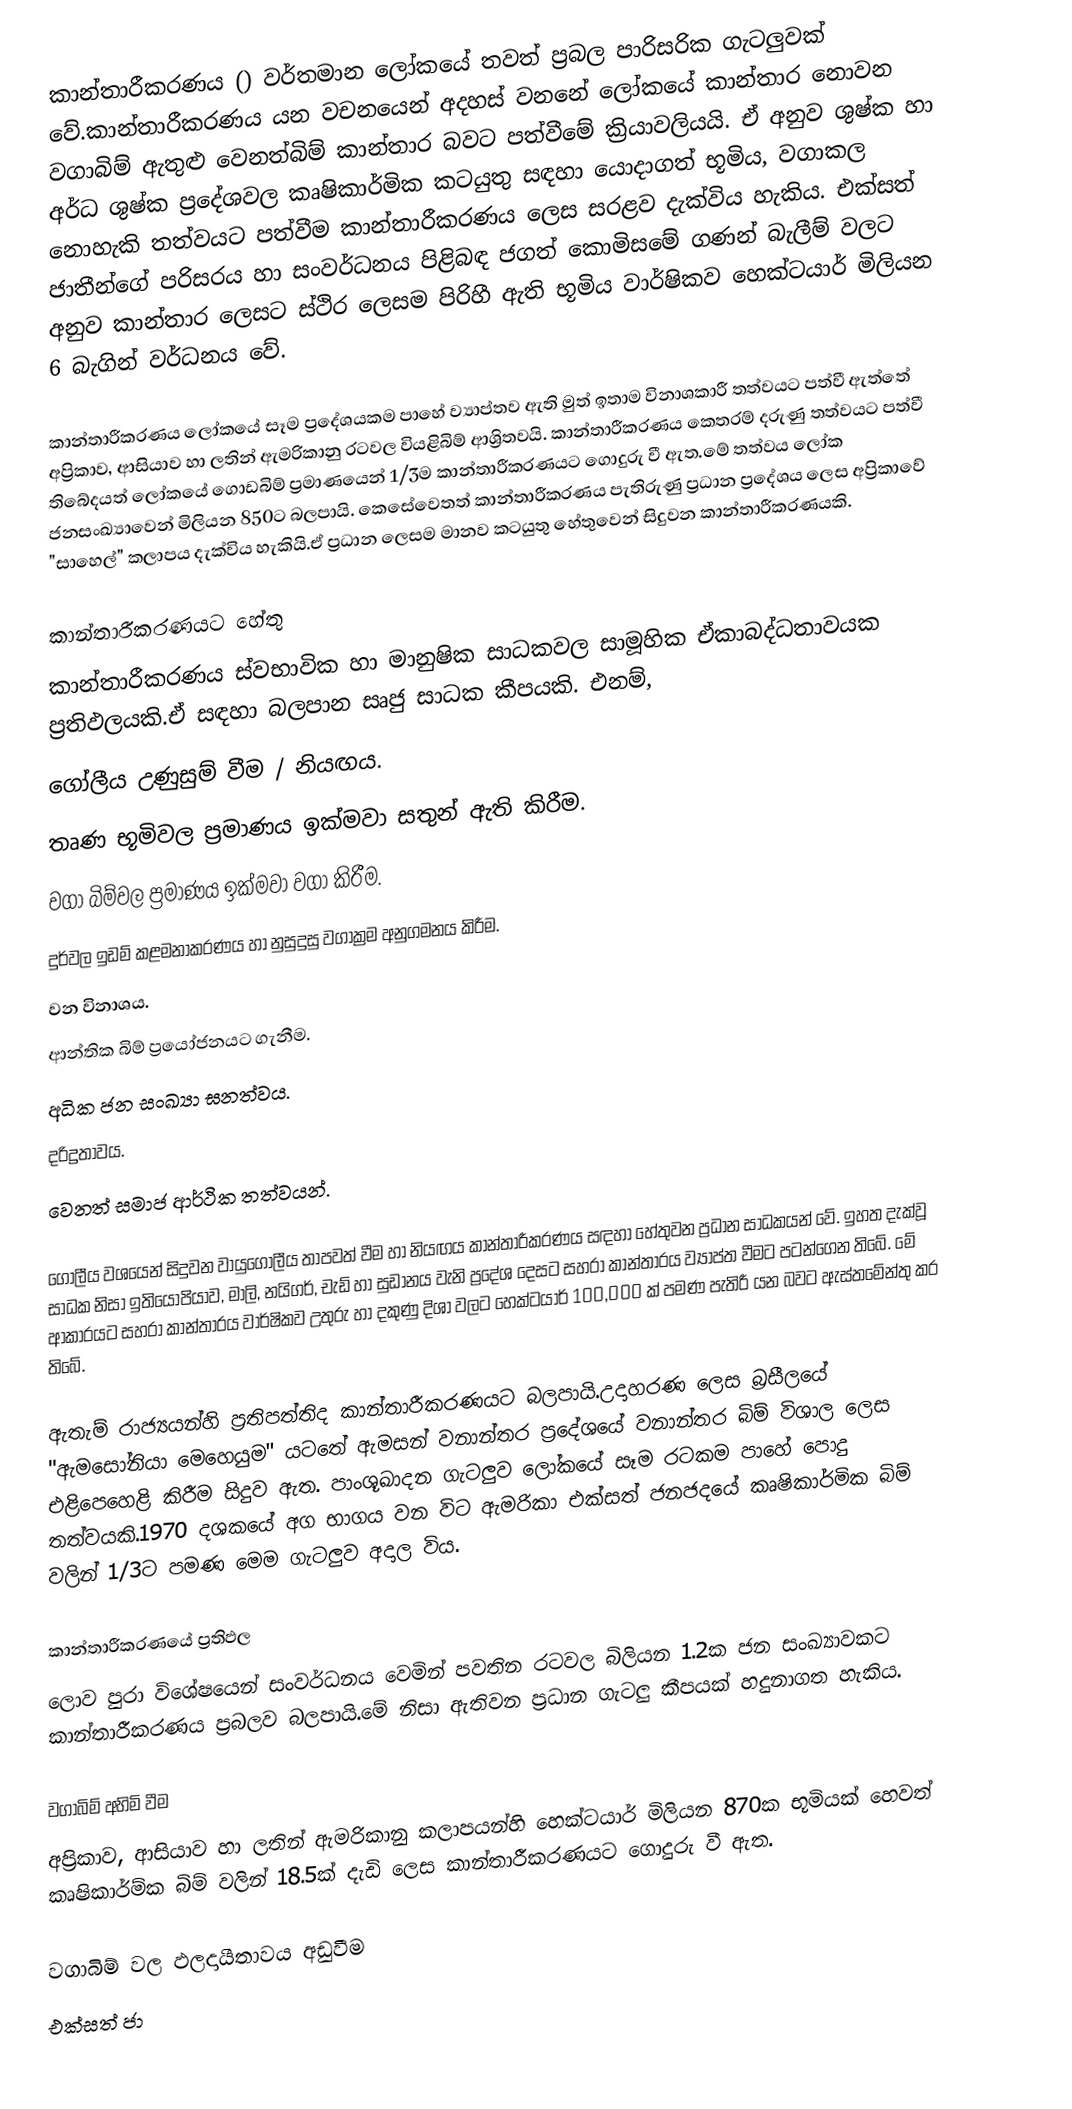
කාන්තාරීකරණය () වර්තමාන ලෝකයේ තවත් ප්‍රබල පාරිසරික ගැටලුවක් වේ.කාන්තාරීකරණය යන වචනයෙන් අදහස් වනනේ ලෝකයේ කාන්තාර නොවන වගාබිම් ඇතුළු වෙනත්බිම් කාන්තාර බවට පත්වීමේ ක්‍රියාවලියයි. ඒ අනුව ශුෂ්ක හා අර්ධ ශුෂ්ක ප්‍රදේශවල කෘෂිකාර්මික කටයුතු සඳහා යොදාගත් භූමිය, වගාකල නොහැකි තත්වයට පත්වීම කාන්තාරීකරණය ලෙස සරළව දැක්විය හැකිය. එක්සත් ජාතීන්ගේ පරිසරය හා සංවර්ධනය පිළිබඳ ජගත් කොමිසමේ ගණන් බැලීම් වලට අනුව කාන්තාර ලෙසට ස්ථිර ලෙසම පිරිහී ඇති භූමිය වාර්ෂිකව හෙක්ටයාර් මිලියන 6 බැගින් වර්ධනය වේ.

කාන්තාරීකරණය ලෝකයේ සෑම ප්‍රදේශයකම පාහේ ව්‍යාප්තව ඇති මුත් ඉතාම විනාශකාරී තත්වයට පත්වී ඇත්තේ අප්‍රිකාව, ආසියාව හා ලතින් ඇමරිකානු රටවල වියළිබිම් ආශ්‍රිතවයි. කාන්තාරීකරණය කෙතරම් දරුණු තත්වයට පත්වී තිබේදයත් ලෝකයේ ගොඩබිම් ප්‍රමාණයෙන් 1/3ම කාන්තාරීකරණයට ගොදුරු වී ඇත.මේ තත්වය ලෝක ජනසංඛ්‍යාවෙන් මිලියන 850ට බලපායි. කෙසේවෙතත් කාන්තාරීකරණය පැතිරුණු ප්‍රධාන ප්‍රදේශය ලෙස අප්‍රිකාවේ "සාහෙල්" කලාපය දැක්විය හැකියි.ඒ ප්‍රධාන ලෙසම මානව කටයුතු හේතුවෙන් සිදුවන කාන්තාරීකරණයකි.

කාන්තාරීකරණයට හේතු
කාන්තාරීකරණය ස්වභාවික හා මානුෂික සාධකවල සාමූහික ඒකාබද්ධතාවයක ප්‍රතිඵලයකි.ඒ සඳහා බලපාන සෘජු සාධක කීපයකි. එනම්,
ගෝලීය උණුසුම් වීම / නියඟය.
තෘණ භූමිවල ප්‍රමාණය ඉක්මවා සතුන් ඇති කිරීම.
වගා බිම්වල ප්‍රමාණය ඉක්මවා වගා කිරීම.
දුර්වල ඉඩම් කළමනාකරණය හා නුසුදුසු වගාක්‍රම අනුගමනය කිරීම.
වන විනාශය.
ආන්තික බිම් ප්‍රයෝජනයට ගැනීම.
අධික ජන සංඛ්‍යා ඝනත්වය.
දරිද්‍රතාවය.
වෙනත් සමාජ ආර්ථික තත්වයන්.

ගෝලීය වශයෙන් සිදුවන වායුගෝලීය තාපවත් වීම හා නියඟය කාන්තාරීකරණය සඳහා හේතුවන ප්‍රධාන සාධකයන් වේ. ඉහත දැක්වූ සාධක නිසා ඉතියෝපියාව, මාලි, නයිගර්, චැඩ් හා සුඩානය වැනි ප්‍රදේශ දෙසට සහරා කාන්තාරය ව්‍යාප්ත වීමට පටන්ගෙන තිබේ. මේ ආකාරයට සහරා කාන්තාරය වාර්ෂිකව උතුරු හා දකුණු දිශා වලට‍ හෙක්ටයාර් 100,000 ක් පමණ පැතිරී යන බවට ඇස්තමේන්තු කර තිබේ.

ඇතැම් රාජ්‍යයන්හි ප්‍රතිපත්තිද කාන්තාරීකරණයට බලපායි.උදාහරණ ලෙස බ්‍රසීලයේ "ඇමසෝනියා මෙහෙයුම" යටතේ ඇමසන් වනාන්තර ප්‍රදේශයේ වනාන්තර බිම් විශාල ලෙස එළිපෙහෙළි කිරීම සිදුව ඇත. පාංශූඛාදන ගැටලුව ලෝකයේ සෑම රටකම පාහේ පොදු තත්වයකි.1970 දශකයේ අග භාගය වන විට ඇමරිකා එක්සත් ජනජදයේ කෘෂිකාර්මික බිම් වලින් 1/3ට  පමණ මෙම ගැටලුව අදාල විය.

කාන්තාරීකරණයේ ප්‍රතිඵල
ලොව පුරා විශේෂයෙන් සංවර්ධනය වෙමින් පවතින රටවල බිලියන 1.2ක ජන සංඛ්‍යාවකට කාන්තාරීකරණය ප්‍රබලව බලපායි.මේ නිසා ඇතිවන ප්‍රධාන ගැටලු කීපයක් හදුනාගත හැකිය.

වගාබිම් අහිමි වීම
අප්‍රිකාව, ආසියාව හා ලතින් ඇමරිකානු කලාපයන්හි හෙක්ටයාර් මිලියන 870ක භූමියක් හෙවත් කෘෂිකාර්ම්ක බිම් වලින් 18.5ක් දැඩි ලෙස කාන්තාරීකරණයට ගොදුරු වී ඇත.

වගාබිම් වල ඵලදායීතාවය අඩුවීම
එක්සත් ජා